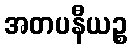
အတပနီယဉ္စ